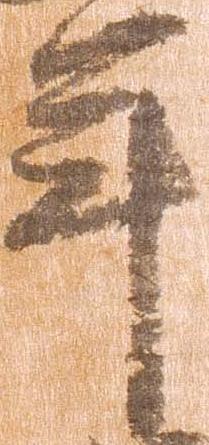
年